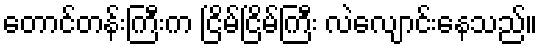
တောင်တန်းကြီးက ငြိမ်ငြိမ်ကြီး လဲလျောင်းနေသည်။